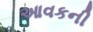
આવકની